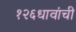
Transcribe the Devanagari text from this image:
१२६धावांची